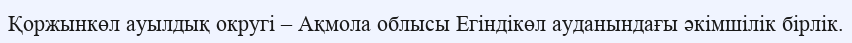
Қоржынкөл ауылдық округі – Ақмола облысы Егіндікөл ауданындағы әкімшілік бірлік.